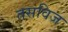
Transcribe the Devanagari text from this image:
तसविज